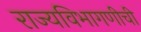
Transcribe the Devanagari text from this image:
राज्यविभागणीची